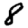
Digit: 8